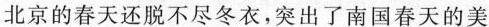
北京的春天还脱不尽冬衣，突出了南国春天的美